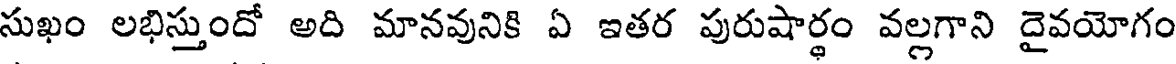
సుఖం లభిస్తుందో అది మానవునికి ఏ ఇతర పురుషార్థం వల్లగాని దైవయోగం